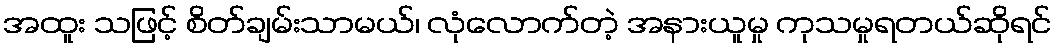
အထူး သဖြင့် စိတ်ချမ်းသာမယ်၊ လုံလောက်တဲ့ အနားယူမှု ကုသမှုရတယ်ဆိုရင်